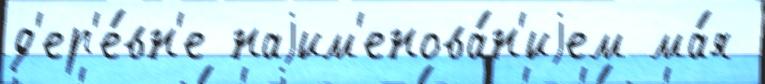
д'ер'е́вн'е наjим'енова́н'иjем ма́я